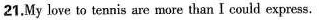
21.My love to tennis are more than I could express.